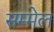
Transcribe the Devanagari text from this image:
सम्‍मेल